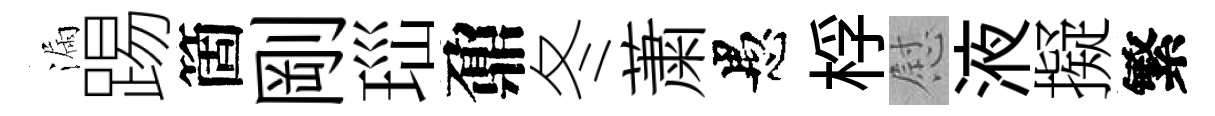
漏踢箇剛𤤼鼐冬䔥愚桴慰液擬繁